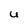
Character: u